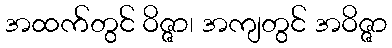
အထက်တွင် ဝိဇ္ဇာ၊ အကျတွင် အဝိဇ္ဇာ